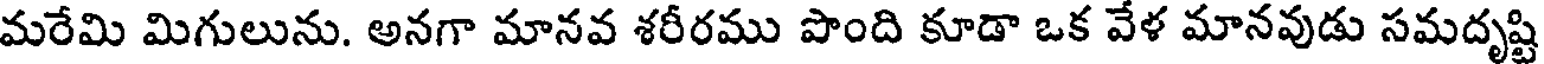
మరేమి మిగులును. అనగా మానవ శరీరము పొంది కూడా ఒక వేళ మానవుడు సమదృష్టి